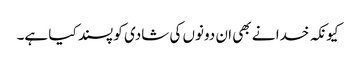
کیونکہ خدا نے بھی ان دونوں کی شادی کو پسند کیا ہے۔